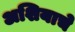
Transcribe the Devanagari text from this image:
अशियाचे